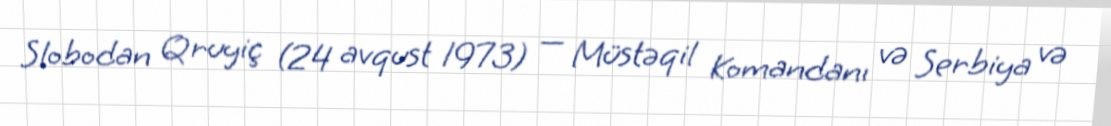
Slobodan Qruyiç (24 avqust 1973) — Müstəqil Komandanı və Serbiya və